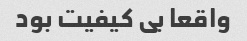
واقعا بی کیفیت بود